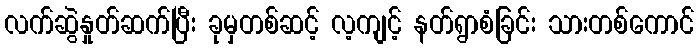
လက်ဆွဲနှုတ်ဆက်ပြီး ခုမှတစ်ဆင့် လ့ကျင့် နတ်ရွာစံခြင်း သားတစ်ကောင်